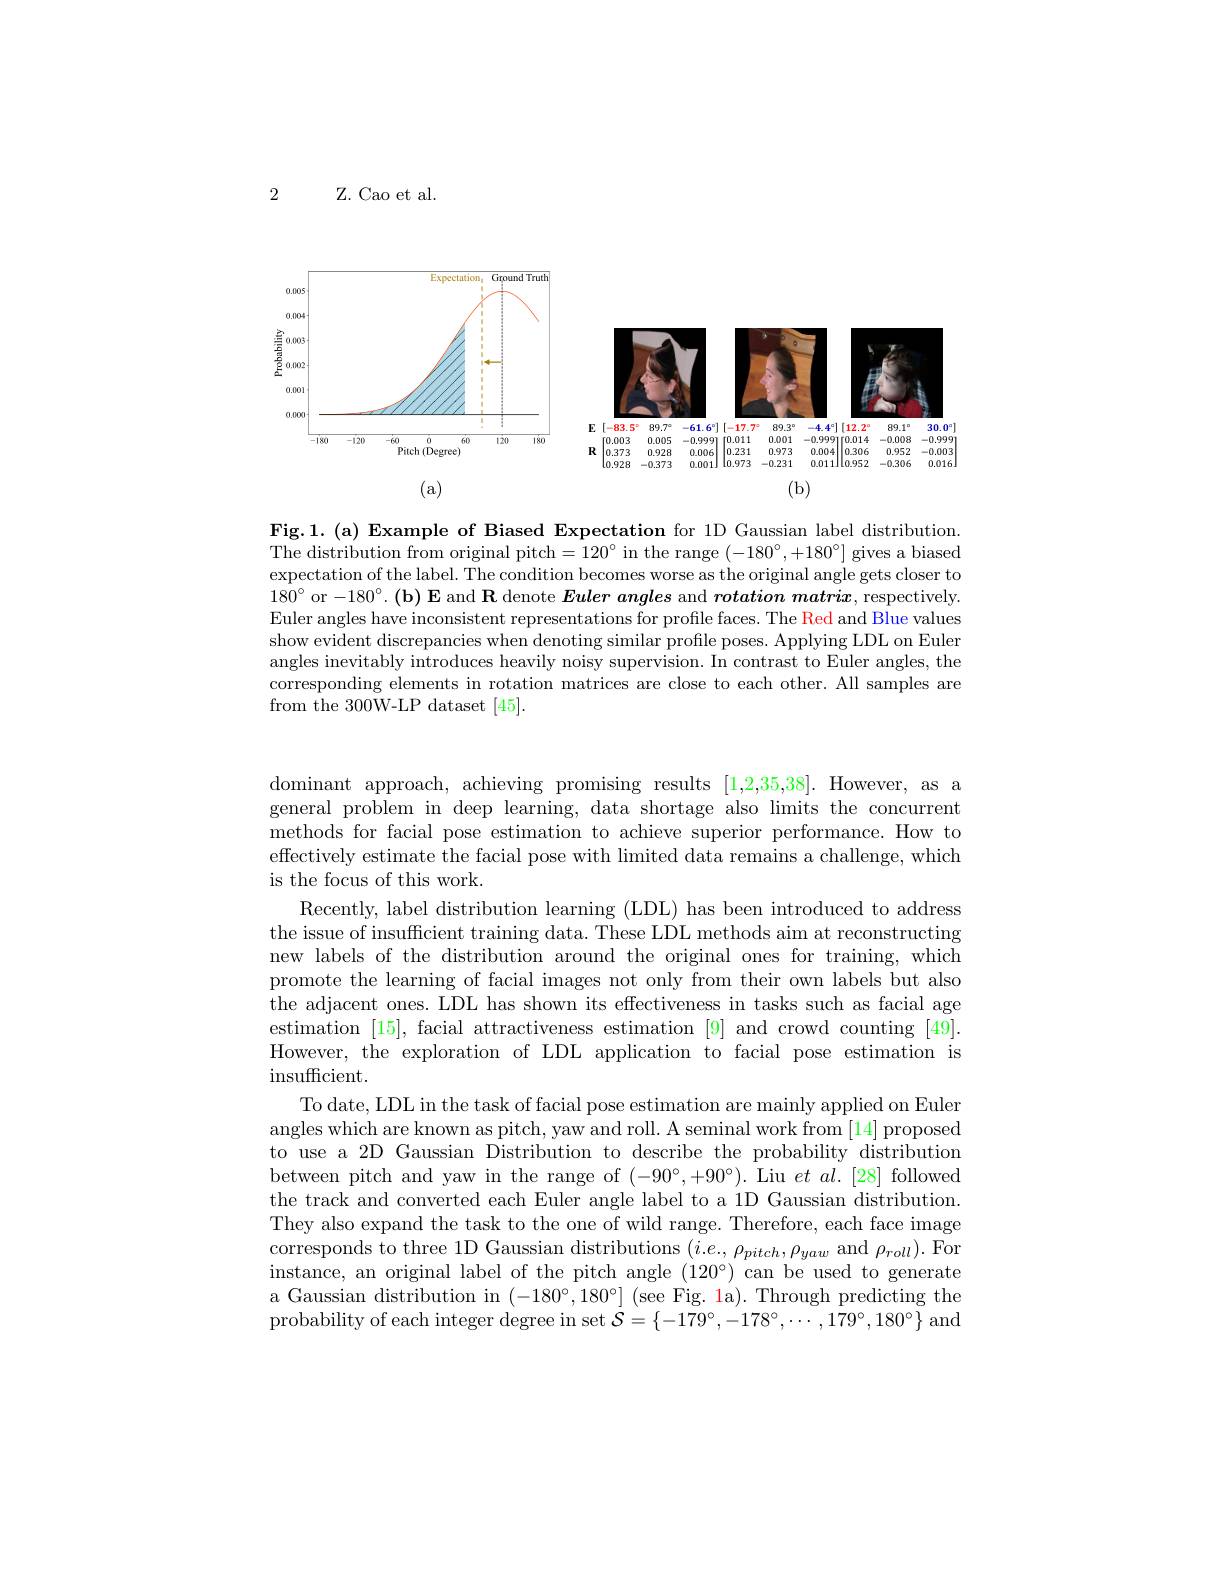
2

Z. Cao et al.

<FigureHere>

Fig.1.(a) Example of Biased Expectation for 1D Gaussian label distribution. The distribution from original pitch$=120^\circ$ in the range $(-180^\circ,+180^\circ]$ gives a biased expectation of the label. The condition becomes worse as the original angle gets closer to $180^{\circ}$ or $- 180^{\circ }. \textbf{( b) E and R denote Euler angles and rotation matrix, respectively}.$ Euler angles have inconsistent representations for profile faces. The Red and Blue values show evident discrepancies when denoting similar profile poses. Applying LDL on Euler angles inevitably introduces heavily noisy supervision. In contrast to Euler angles, the corresponding elements in rotation matrices are close to each other. All samples are from the 300W-LP dataset [45].

dominant approach, achieving promising results [1,2,35,38]. However, as a general problem in deep learning, data shortage also limits the concurrent methods for facial pose estimation to achieve superior performance. How to effectively estimate the facial pose with limited data remains a challenge, which is the focus of this work.
Recently, label distribution learning (LDL) has been introduced to address the issue of insufficient training data. These LDL methods aim at reconstructing new labels of the distribution around the original ones for training, which promote the learning of facial images not only from their own labels but also the adjacent ones. LDL has shown its effectiveness in tasks such as facial age estimation [15], facial attractiveness estimation [9] and crowd counting [49]. However, the exploration of LDL application to facial pose estimation is insufficient.
To date, LDL in the task of facial pose estimation are mainly applied on Euler angles which are known as pitch, yaw and roll. A seminal work from [14] proposed to use a 2D Gaussian Distribution to describe the probability distribution between pitch and yaw in the range of $(-90^{\circ},+90^{\circ}).$ Liu $et\textit{al. [ 28] followed}$ the track and converted each Euler angle label to a 1D Gaussian distribution. They also expand the task to the one of wild range. Therefore, each face image corresponds to three 1D Gaussian distributions $(\bar{i}.e.,\rho_{pitch},\rho_{yaw}$ and $\rho_{roll}).$ For $\bar{\text{instance, an original label of the pitch angle (120°) can be used to generate}}$ a Gaussian distribution in $(-180^{\circ},180^{\circ}]$ (see Fig. la). Through predicting the probability of each integer degree in set $\tilde{\mathcal{S}}=\{-179^\circ,-178^\circ,\cdots,179^\circ,180^\circ\}$ and